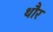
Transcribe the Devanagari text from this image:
थौर